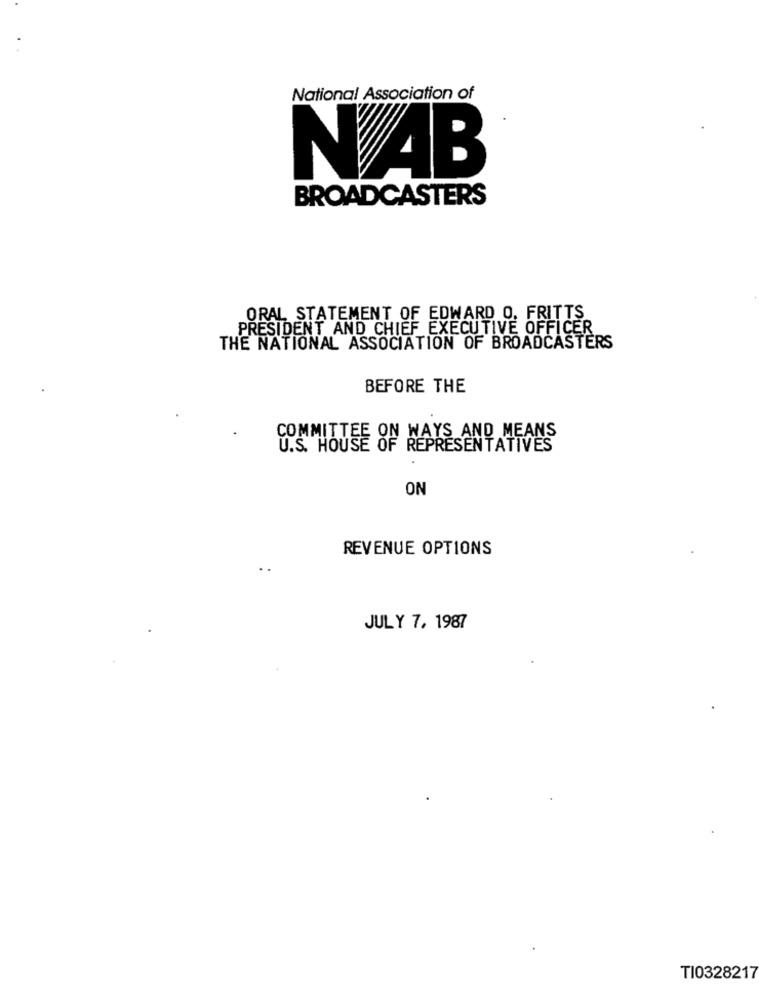
National Association of
NAB
BROADCASTERS
ORAL STATEMENT OF EDWARD O. FRITTS
PRESIDENT AND CHIEF EXECUTIVE OFFICER
THE NATIONAL ASSOCIATION OF BROADCASTERS
BEFORE THE
COMMITTEE ON WAYS AND MEANS
U.S. HOUSE OF REPRESENTATIVES
ON
REVENUE OPTIONS
JULY 7, 1987
TI0328217